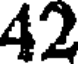
42